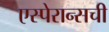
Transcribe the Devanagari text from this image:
एस्पेरान्सची